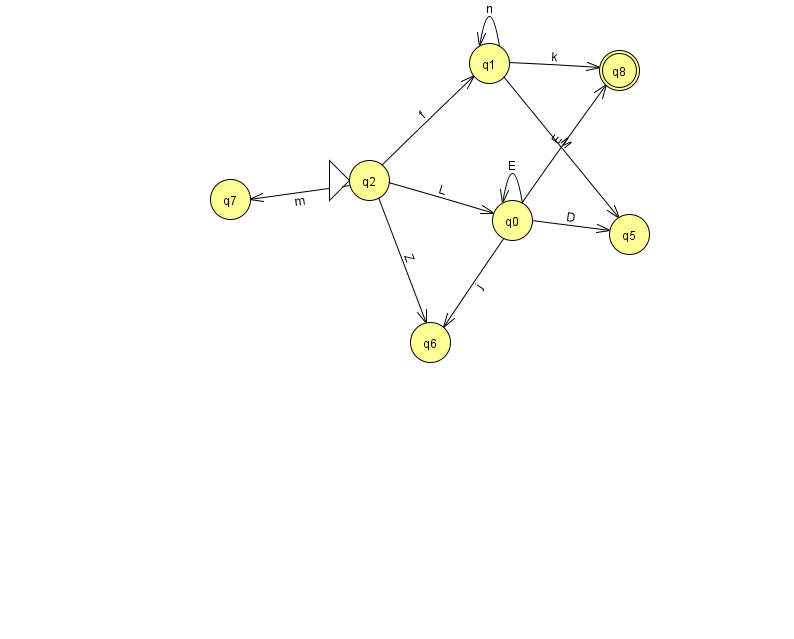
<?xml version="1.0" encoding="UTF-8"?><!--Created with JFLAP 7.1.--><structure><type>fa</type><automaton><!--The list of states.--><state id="0" name="q0"><x>512.0</x><y>207.0</y></state><state id="1" name="q1"><x>489.0</x><y>50.0</y></state><state id="2" name="q2"><x>369.0</x><y>167.0</y><initial/></state><state id="5" name="q5"><x>629.0</x><y>221.0</y></state><state id="6" name="q6"><x>430.0</x><y>329.0</y></state><state id="7" name="q7"><x>230.0</x><y>186.0</y></state><state id="8" name="q8"><x>619.0</x><y>57.0</y><final/></state><!--The list of transitions.--><transition><from>1</from><to>8</to><read>k</read></transition><transition><from>1</from><to>5</to><read>M</read></transition><transition><from>0</from><to>0</to><read>E</read></transition><transition><from>2</from><to>1</to><read>f</read></transition><transition><from>2</from><to>6</to><read>Z</read></transition><transition><from>2</from><to>7</to><read>m</read></transition><transition><from>0</from><to>6</to><read>j</read></transition><transition><from>1</from><to>1</to><read>n</read></transition><transition><from>0</from><to>5</to><read>D</read></transition><transition><from>0</from><to>8</to><read>E</read></transition><transition><from>2</from><to>0</to><read>L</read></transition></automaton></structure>